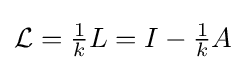
{\textstyle {\mathcal {L}}={\tfrac {1}{k}}L=I-{\tfrac {1}{k}}A}